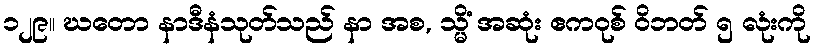
၁၂၉။ ဃတော နာဒီနံသုတ်သည် နာ အစ, သ္မိံ အဆုံး ဧကဝုစ် ဝိဘတ် ၅ လုံးကို